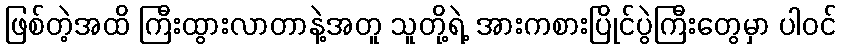
ဖြစ်တဲ့အထိ ကြီးထွားလာတာနဲ့အတူ သူတို့ရဲ့ အားကစားပြိုင်ပွဲကြီးတွေမှာ ပါဝင်